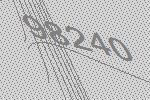
98240